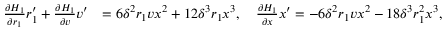
\begin{array} { r l } { \frac { \partial H _ { 1 } } { \partial r _ { 1 } } r _ { 1 } ^ { \prime } + \frac { \partial H _ { 1 } } { \partial v } v ^ { \prime } } & { = 6 \delta ^ { 2 } r _ { 1 } v x ^ { 2 } + 1 2 \delta ^ { 3 } r _ { 1 } x ^ { 3 } , \quad \frac { \partial H _ { 1 } } { \partial x } x ^ { \prime } = - 6 \delta ^ { 2 } r _ { 1 } v x ^ { 2 } - 1 8 \delta ^ { 3 } r _ { 1 } ^ { 2 } x ^ { 3 } , } \end{array}